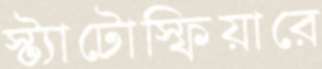
স্ট্যাটোস্ফিয়ারে